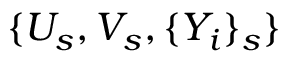
\{ U _ { s } , V _ { s } , \{ Y _ { i } \} _ { s } \}